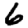
Digit: 6